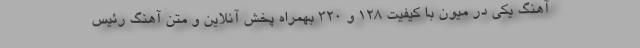
آهنگ یکی در میون با کیفیت 128 و 320 بهمراه پخش آنلاین و متن آهنگ رئیس